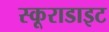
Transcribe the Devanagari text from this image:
स्कूराडाइट